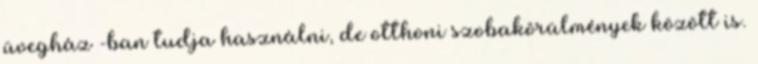
üvegház -ban tudja használni, de otthoni szobakörülmények között is.